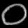
Digit: ၀